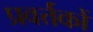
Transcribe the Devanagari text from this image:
प्रवर्त्तकों